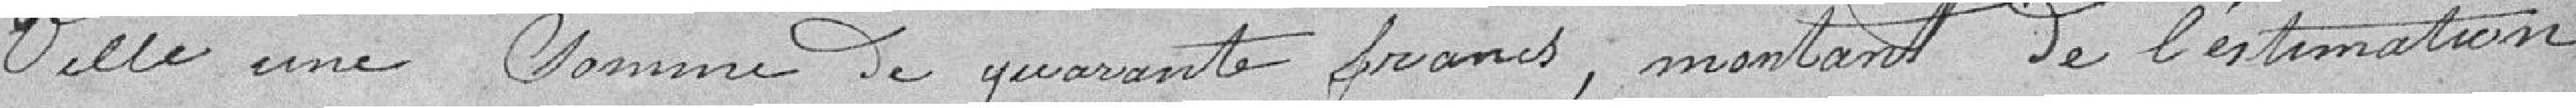
ville une somme de quarante francs, montant de l'estimation